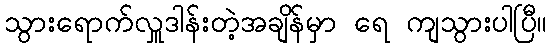
သွားရောက်လှူဒါန်းတဲ့အချိန်မှာ ရေ ကျသွားပါပြီ။